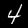
Label: 4